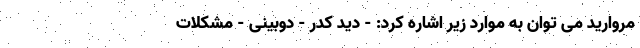
مروارید می توان به موارد زیر اشاره کرد: - دید کدر - دوبینی - مشکلات